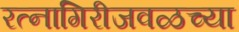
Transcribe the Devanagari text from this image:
रत्‍नागिरीजवळच्या